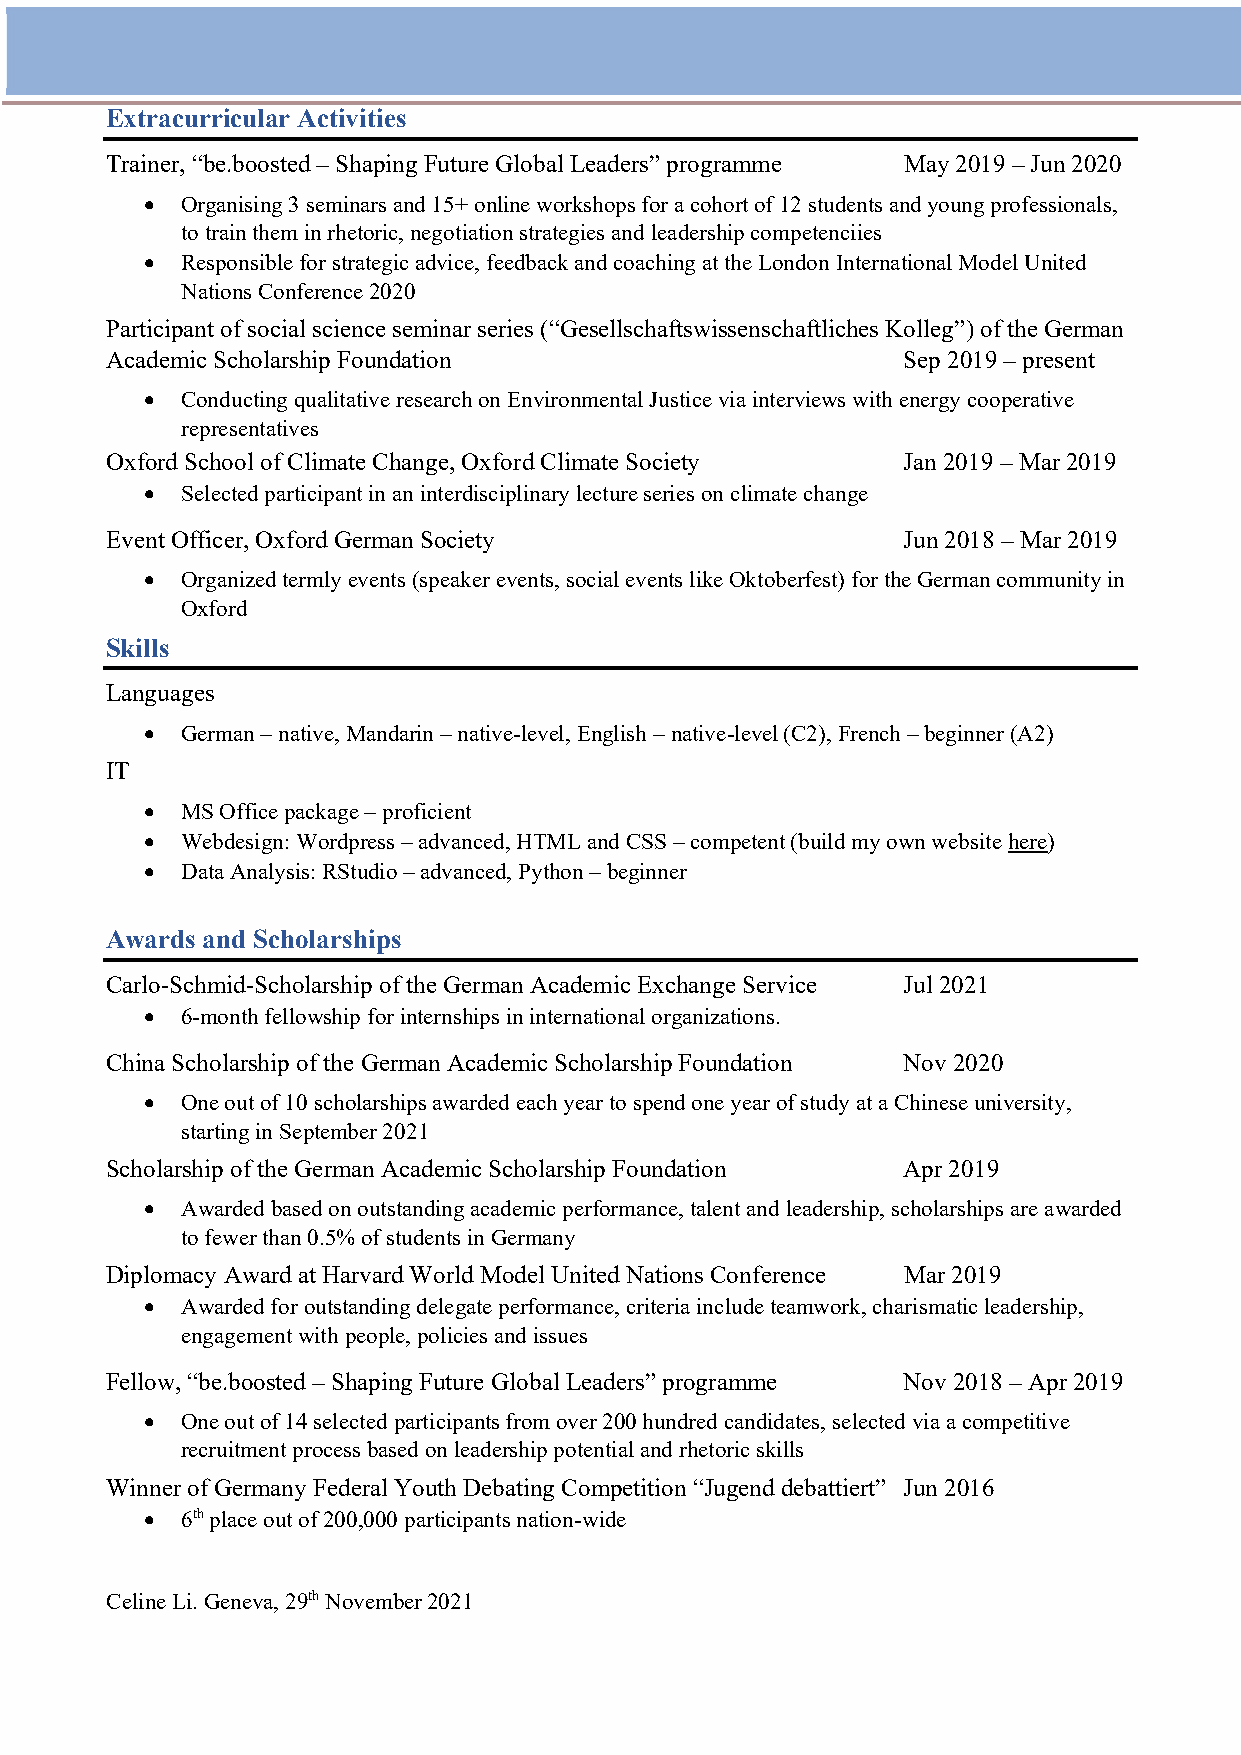
Extracurricular Activities
 Trainer, “be.boosted – Shaping Future Global Leaders” programme May 2019 – Jun 2020
  Organising 3 seminars and 15+ online workshops for a cohort of 12 students and young professionals,
 to train them in rhetoric, negotiation strategies and leadership competenciies
  Responsible for strategic advice, feedback and coaching at the London International Model United
 Nations Conference 2020
 Participant of social science seminar series (“Gesellschaftswissenschaftliches Kolleg”) of the German
 Academic Scholarship Foundation                      Sep 2019 – present
  Conducting qualitative research on Environmental Justice via interviews with energy cooperative
 representatives
 Oxford School of Climate Change, Oxford Climate Society Jan 2019 – Mar 2019
  Selected participant in an interdisciplinary lecture series on climate change
 Event Officer, Oxford German Society                 Jun 2018 – Mar 2019
  Organized termly events (speaker events, social events like Oktoberfest) for the German community in
 Oxford
 Skills
 Languages
  German – native, Mandarin – native-level, English – native-level (C2), French – beginner (A2)
 IT
  MS Office package – proficient
  Webdesign: Wordpress – advanced, HTML and CSS – competent (build my own website here)
  Data Analysis: RStudio – advanced, Python – beginner
 Awards and Scholarships
 Carlo-Schmid-Scholarship of the German Academic Exchange Service Jul 2021
  6-month fellowship for internships in international organizations.
 China Scholarship of the German Academic Scholarship Foundation Nov 2020
  One out of 10 scholarships awarded each year to spend one year of study at a Chinese university,
 starting in September 2021
 Scholarship of the German Academic Scholarship Foundation Apr 2019
  Awarded based on outstanding academic performance, talent and leadership, scholarships are awarded
 to fewer than 0.5% of students in Germany
 Diplomacy Award at Harvard World Model United Nations Conference Mar 2019
  Awarded for outstanding delegate performance, criteria include teamwork, charismatic leadership,
 engagement with people, policies and issues
 Fellow, “be.boosted – Shaping Future Global Leaders” programme Nov 2018 – Apr 2019
  One out of 14 selected participants from over 200 hundred candidates, selected via a competitive
 recruitment process based on leadership potential and rhetoric skills
 Winner of Germany Federal Youth Debating Competition “Jugend debattiert” Jun 2016
  6th place out of 200,000 participants nation-wide
 Celine Li. Geneva, 29th November 2021